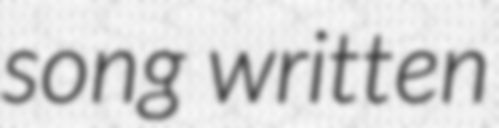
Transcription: song written